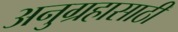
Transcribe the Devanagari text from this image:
अनुग्रहासाठी